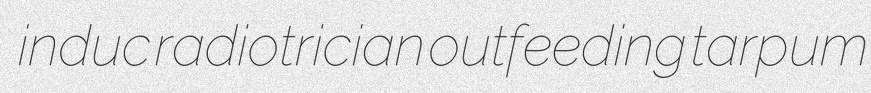
induc radiotrician outfeeding tarpum